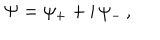
\Psi = \psi _ { + } + \mathrm { i } \, \psi _ { - } \, ,